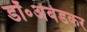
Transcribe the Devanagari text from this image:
डॉ॰अंबेडकर